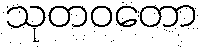
သုတဝတော